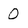
Character: 0